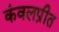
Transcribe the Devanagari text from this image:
कंवलप्रीत